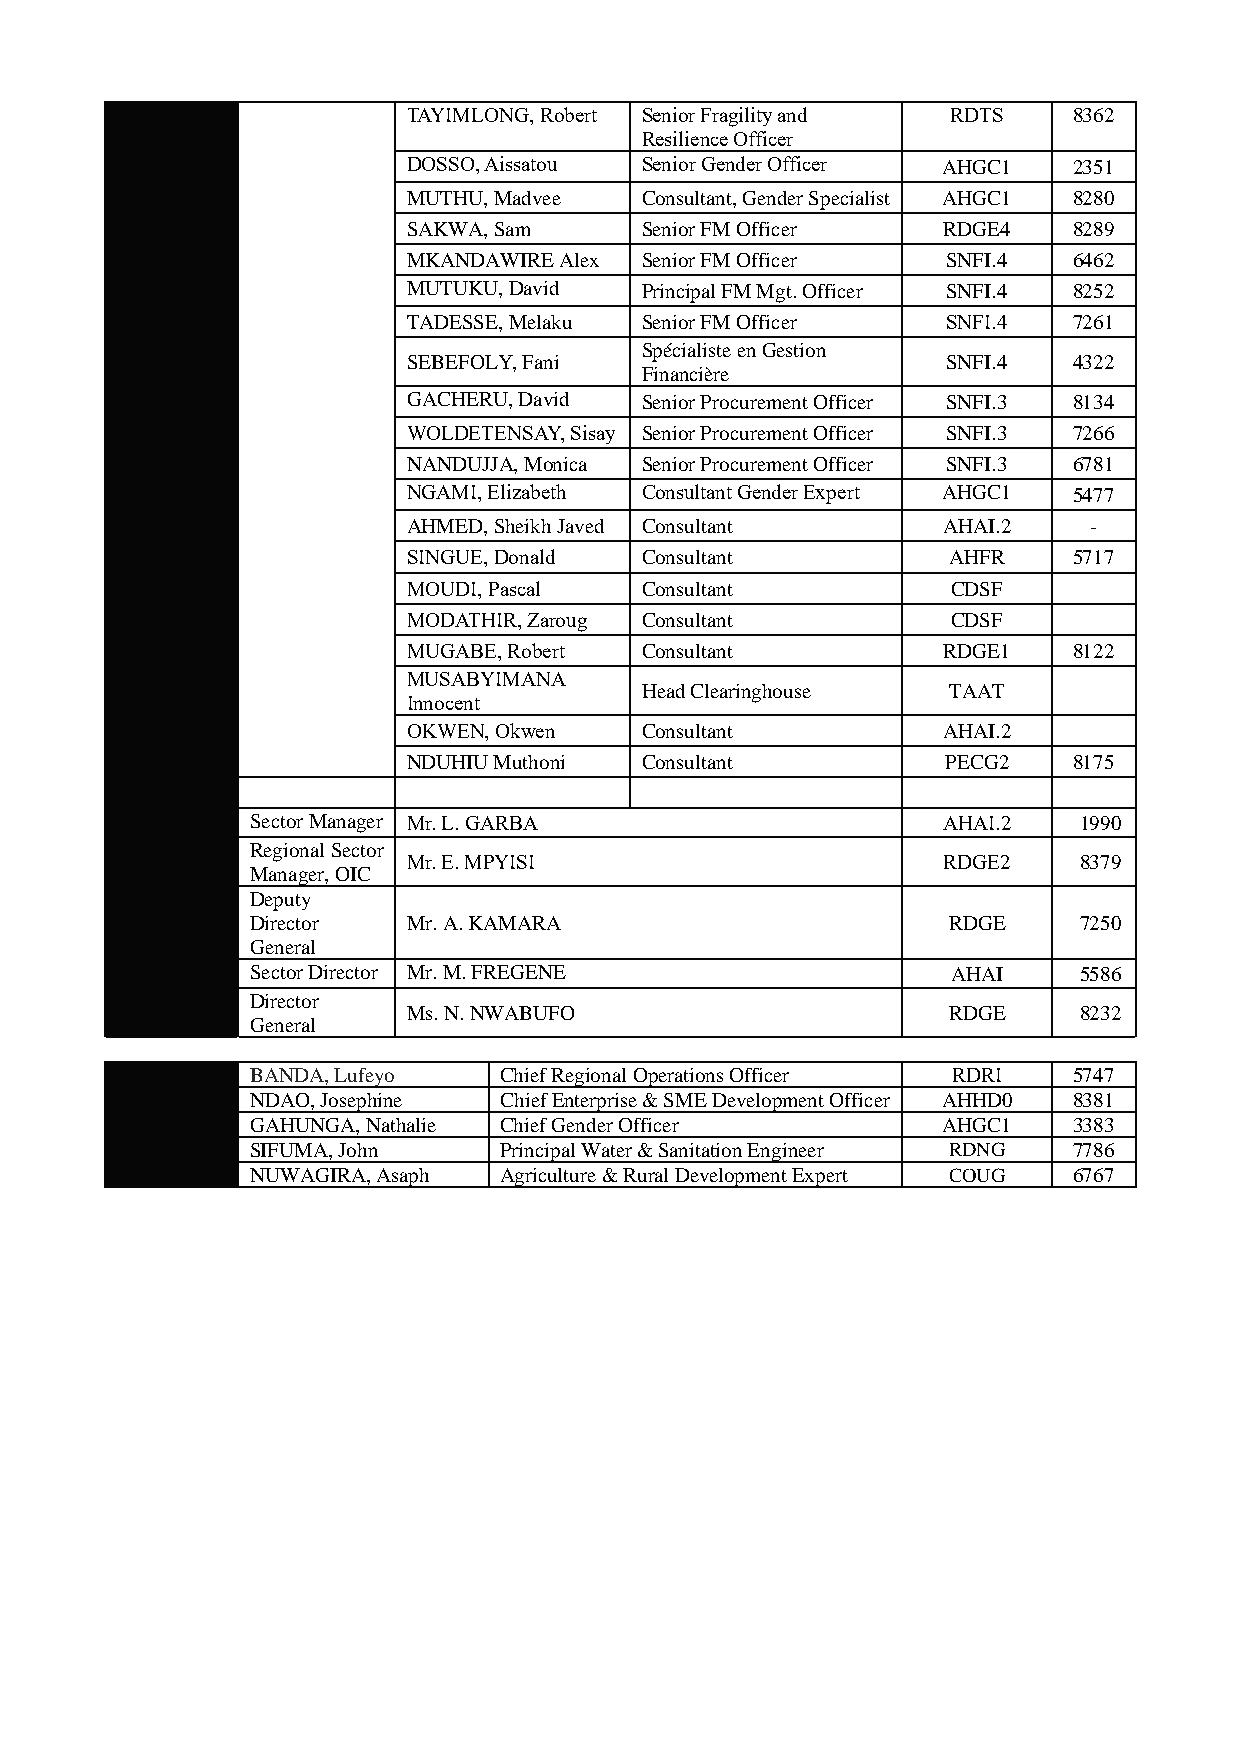
TAYIMLONG, Robert Senior Fragility and RDTS 8362
 Resilience Officer
 DOSSO, Aissatou Senior Gender Officer AHGC1 2351
 MUTHU, Madvee  Consultant, Gender Specialist AHGC1 8280
 SAKWA, Sam     Senior FM Officer   RDGE4    8289
 MKANDAWIRE Alex Senior FM Officer   SNFI.4  6462
 MUTUKU, David  Principal FM Mgt. Officer SNFI.4 8252
 TADESSE, Melaku Senior FM Officer   SNFI.4  7261
 Spécialiste en Gestion
 SEBEFOLY, Fani                      SNFI.4  4322
 Financière
 GACHERU, David Senior Procurement Officer SNFI.3 8134
 WOLDETENSAY, Sisay Senior Procurement Officer SNFI.3 7266
 NANDUJJA, Monica Senior Procurement Officer SNFI.3 6781
 NGAMI, Elizabeth Consultant Gender Expert AHGC1 5477
 AHMED, Sheikh Javed Consultant     AHAI.2    -
 SINGUE, Donald Consultant           AHFR    5717
 MOUDI, Pascal  Consultant           CDSF
 MODATHIR, Zaroug Consultant         CDSF
 MUGABE, Robert Consultant          RDGE1    8122
 MUSABYIMANA
 Head Clearinghouse   TAAT
 Innocent
 OKWEN, Okwen   Consultant          AHAI.2
 NDUHIU Muthoni Consultant           PECG2   8175
 Sector Manager Mr. L. GARBA                  AHAI.2   1990
 Regional Sector
 Mr. E. MPYISI                      RDGE2    8379
 Manager, OIC
 Deputy
 Director  Mr. A. KAMARA                       RDGE    7250
 General
 Sector Director Mr. M. FREGENE                AHAI    5586
 Director
 Ms. N. NWABUFO                      RDGE    8232
 General
 BANDA, Lufeyo   Chief Regional Operations Officer RDRI 5747
 NDAO, Josephine Chief Enterprise & SME Development Officer AHHD0 8381
 GAHUNGA, Nathalie Chief Gender Officer       AHGC1    3383
 SIFUMA, John    Principal Water & Sanitation Engineer RDNG 7786
 NUWAGIRA, Asaph Agriculture & Rural Development Expert COUG 6767